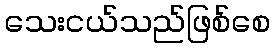
သေးငယ်သည်ဖြစ်စေ